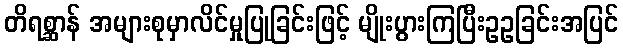
တိရစ္ဆာန် အများစုမှာလိင်မှုပြုခြင်းဖြင့် မျိုးပွားကြပြီးဥဥခြင်းအပြင်